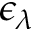
\epsilon _ { \lambda }